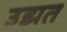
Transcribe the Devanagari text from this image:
उझत